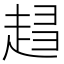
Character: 𧻫